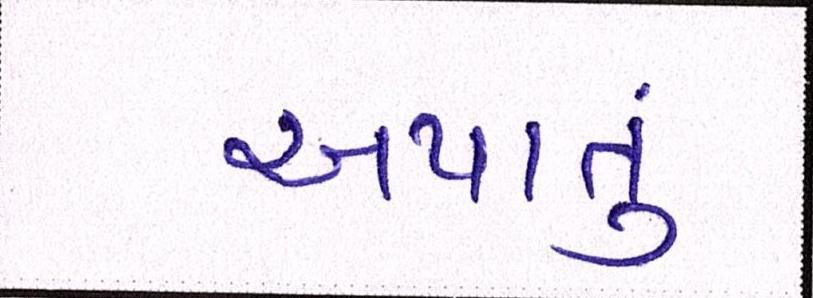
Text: અપાતું